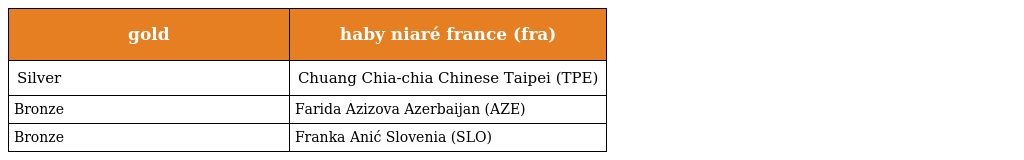
| gold | haby niaré france (fra) |
 | --- | --- |
 | Silver | Chuang Chia-chia Chinese Taipei (TPE) |
 | Bronze | Farida Azizova Azerbaijan (AZE) |
 | Bronze | Franka Anić Slovenia (SLO) |